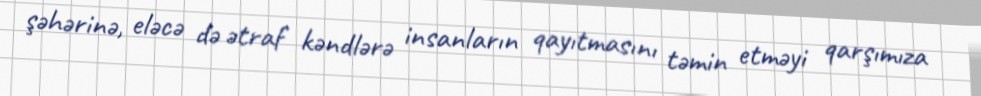
şəhərinə, eləcə də ətraf kəndlərə insanların qayıtmasını təmin etməyi qarşımıza